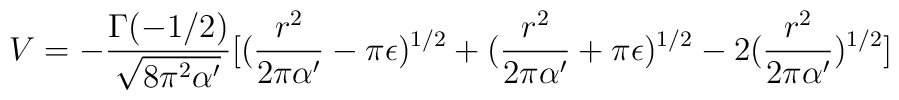
V=-\frac{\Gamma(-1/2)}{\sqrt{8\pi^2 \alpha '}}[(\frac{r^2}{2\pi \alpha '}-\pi \epsilon)^{1/2}+ (\frac{r^2}{2\pi \alpha '}+\pi \epsilon)^{1/2}- 2(\frac{r^2}{2\pi \alpha '})^{1/2}]